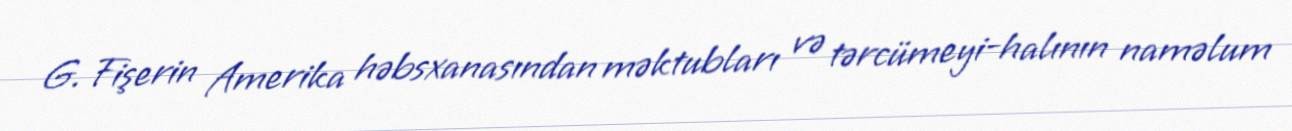
G. Fişerin Amerika həbsxanasından məktubları və tərcümeyi-halının naməlum